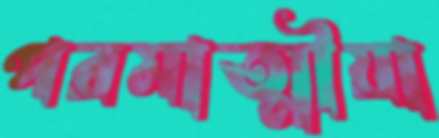
পরমাত্মীয়া